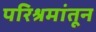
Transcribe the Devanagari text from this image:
परिश्रमांतून